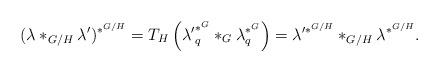
LaTeX: \begin{align*}(\lambda\ast_{G/H}\lambda')^{\ast^{G/H}}=T_H\left({\lambda'}_q^{\ast^{G}}\ast_{G}\lambda_q^{\ast^{G}}\right)=\lambda'^{\ast^{G/H}}\ast_{G/H}\lambda^{\ast^{G/H}}.\end{align*}